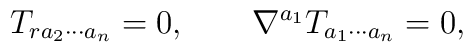
T_{r a_2 \cdots a_n} = 0, \qquad\nabla^{a_1} T_{a_1 \cdots a_n} = 0,